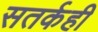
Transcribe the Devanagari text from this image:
सतर्कही